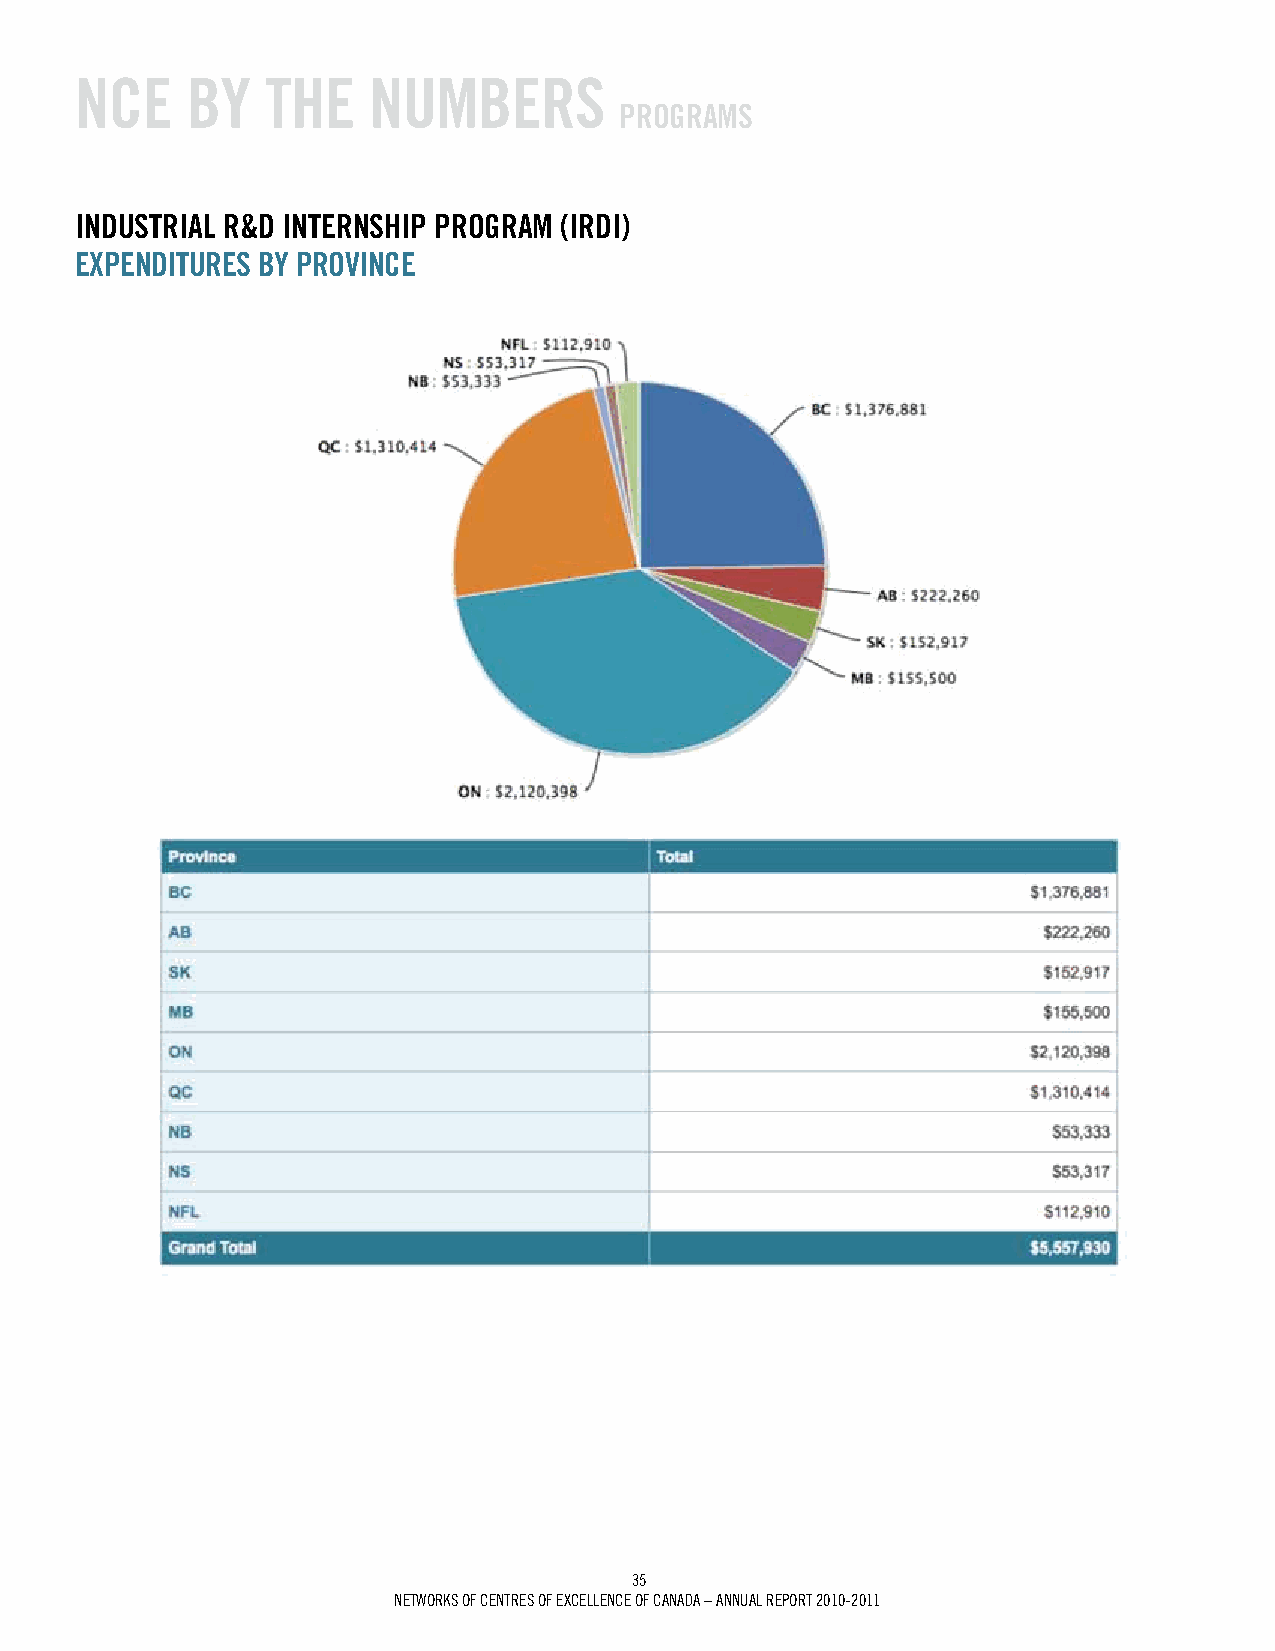
NCE    BY    ThE   NumBErS
 prOgrAmS
 iNduSTriAL r&d iNTErNShip prOgrAm (irdi)
 ExpENdiTurES BY prOviNCE
 35
 Networks of ceNtres of excelleNce of caNada – aNNUal rePort 2010-2011